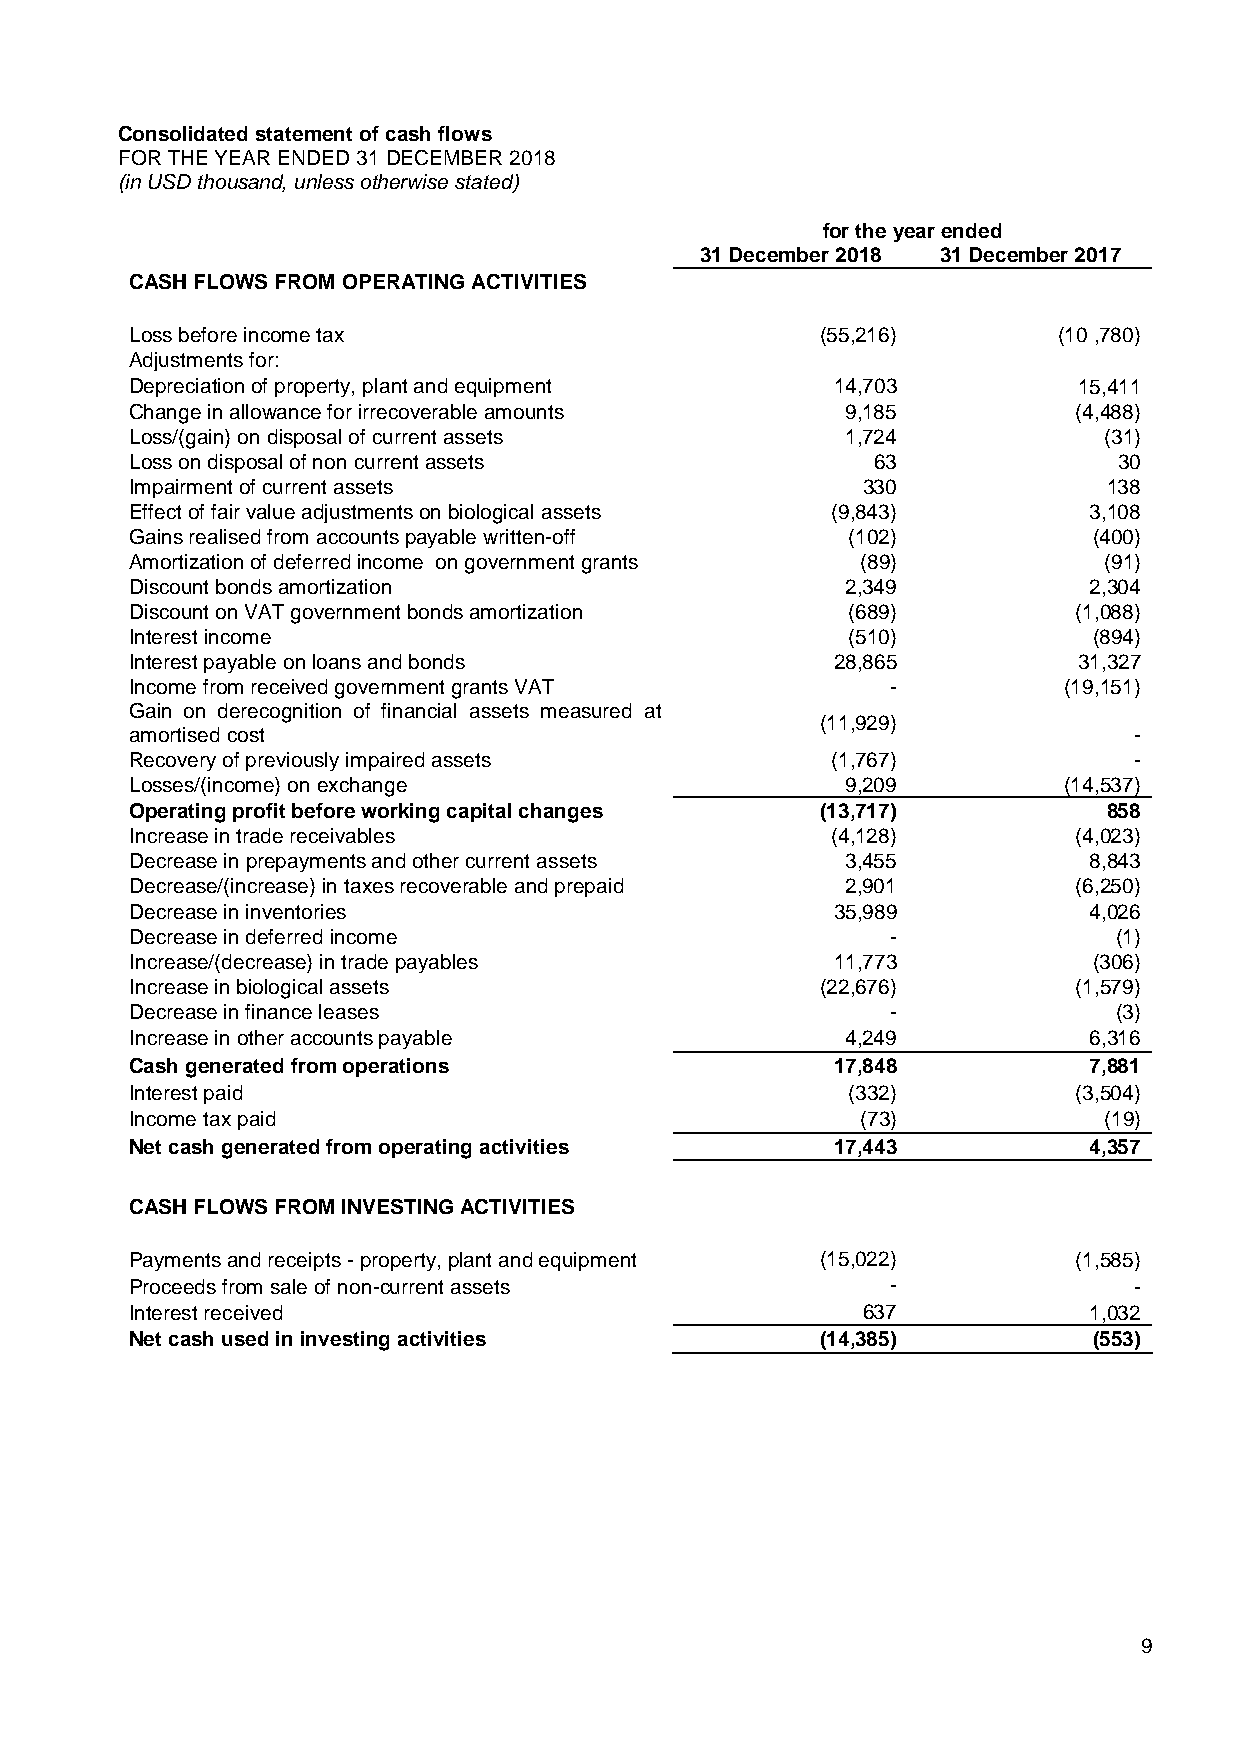
9
 Consolidated statement of cash flows
 FOR THE YEAR ENDED 31 DECEMBER 2018
 (in USD thousand, unless otherwise stated)
 for the year ended
 31 December 2018 31 December 2017
 CASH FLOWS FROM OPERATING ACTIVITIES
 Loss before income tax                       (55,216)        (10 ,780)
 Adjustments for:
 Depreciation of property, plant and equipment 14,703          15,411
 Change in allowance for irrecoverable amounts  9,185          (4,488)
 Loss/(gain) on disposal of current assets      1,724            (31)
 Loss on disposal of non current assets           63              30
 Impairment of current assets                    330             138
 Effect of fair value adjustments on biological assets (9,843)  3,108
 Gains realised from accounts payable written-off (102)         (400)
 Amortization of deferred income on government grants (89)       (91)
 Discount bonds amortization                    2,349           2,304
 Discount on VAT government bonds amortization  (689)          (1,088)
 Interest income                                (510)           (894)
 Interest payable on loans and bonds           28,865          31,327
 Income from received government grants VAT        -          (19,151)
 Gain on derecognition of financial assets measured at
 (11,929)
 amortised cost                                                    -
 Recovery of previously impaired assets        (1,767)             -
 Losses/(income) on exchange                    9,209         (14,537)
 Operating profit before working capital changes (13,717)        858
 Increase in trade receivables                 (4,128)         (4,023)
 Decrease in prepayments and other current assets 3,455         8,843
 Decrease/(increase) in taxes recoverable and prepaid 2,901    (6,250)
 Decrease in inventories                       35,989           4,026
 Decrease in deferred income                       -              (1)
 Increase/(decrease) in trade payables         11,773           (306)
 Increase in biological assets                (22,676)         (1,579)
 Decrease in finance leases                        -              (3)
 Increase in other accounts payable             4,249           6,316
 Cash generated from operations                17,848           7,881
 Interest paid                                  (332)          (3,504)
 Income tax paid                                 (73)            (19)
 Net cash generated from operating activities  17,443           4,357
 CASH FLOWS FROM INVESTING ACTIVITIES
 Payments and receipts - property, plant and equipment (15,022) (1,585)
 Proceeds from sale of non-current assets          -               -
 Interest received                               637            1,032
 Net cash used in investing activities        (14,385)          (553)
 9